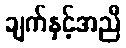
ချက်နှင့်အညီ